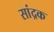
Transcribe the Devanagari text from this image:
सांद्रक